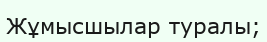
Жұмысшылар туралы;